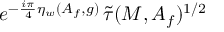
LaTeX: e ^ { - \frac { i \pi } { 4 } \eta _ { w } ( A _ { f } , g ) } \, \widetilde { \tau } ( M , A _ { f } ) ^ { 1 / 2 }